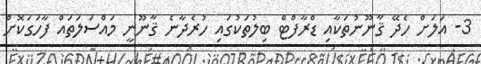
3- އަލަށް ހެދޭ ޤާނޫނުތަކާއި ޑްރާފްޓް ބިލުތަކުގައި ހުރެދާނެ ޤާނޫނީ މައްސަލަތައް ފާހަގަކޮށް